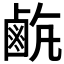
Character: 𪉡